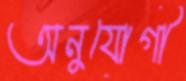
অনুযোগী